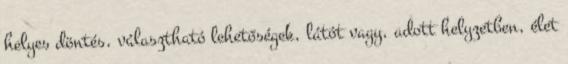
helyes döntés, választható lehetőségek, látót vagy, adott helyzetben, élet